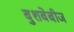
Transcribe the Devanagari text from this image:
बुशबेबीज